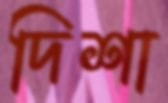
দিশা